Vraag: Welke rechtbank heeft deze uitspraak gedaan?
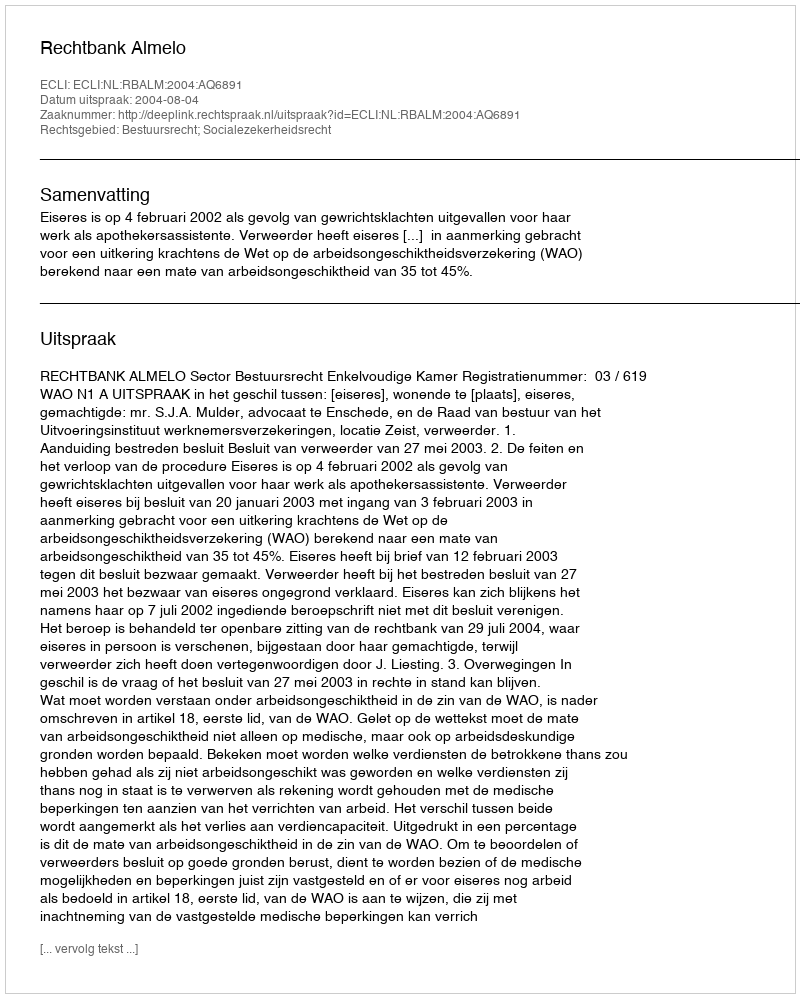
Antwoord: Rechtbank Almelo